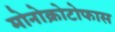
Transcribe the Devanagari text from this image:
मोनोक्रोटोफास